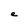
Character: e